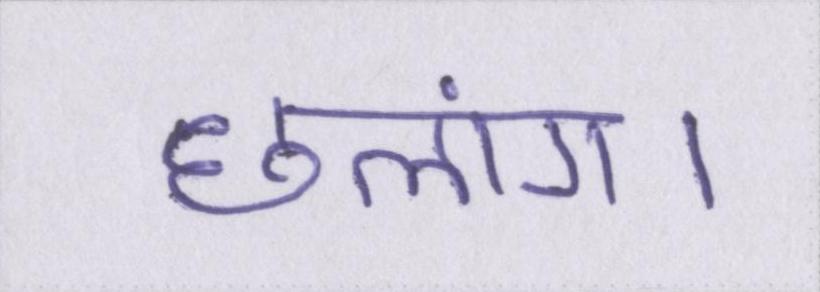
छलांग।